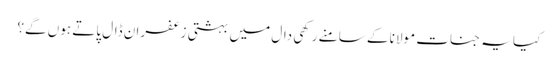
کیا یہ جنات مولانا کے سامنے رکھی دال میں بہشتی زعفران ڈال پاتے ہوں گے؟